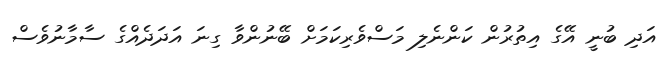
އަދި ބުނީ އޭގެ އިތުރުން ކަންނެލި މަސްވެރިކަމަށް ބޭނުންވާ ގިނަ އަދަދެއްގެ ސާމާނުވެސް